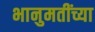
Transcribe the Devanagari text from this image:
भानुमतींच्या